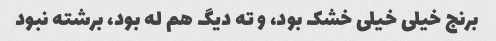
برنج خیلی خیلی خشک بود، و ته دیگ هم له بود، برشته نبود